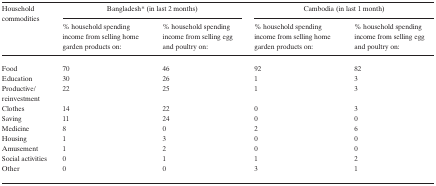
| <ROWSPAN=2> Household commodities | <COLSPAN=2> Bangladesh* (in last 2 months) | <COLSPAN=2> Cambodia (in last 1 month) |
 | % household spending income from selling home garden products on: | % household spending income from selling egg and poultry on: | % household spending income from selling home garden products on: | % household spending income from selling egg and poultry on: |
 | --- | --- | --- | --- | --- |
 | Food | 70 | 46 | 92 | 82 |
 | Education | 30 | 26 | 1 | 3 |
 | Productive/reinvestment | 22 | 25 | 1 | 3 |
 | Clothes | 14 | 22 | 0 | 3 |
 | Saving | 11 | 24 | 0 | 0 |
 | Medicine | 8 | 0 | 2 | 6 |
 | Housing | 1 | 3 | 0 | 0 |
 | Amusement | 1 | 2 | 0 | 0 |
 | Social activities | 0 | 1 | 1 | 2 |
 | Other | 0 | 0 | 3 | 1 |